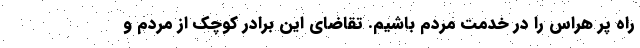
راه پر هراس را در خدمت مردم باشیم. تقاضای این برادر کوچک از مردم و